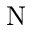
\mathrm { N }